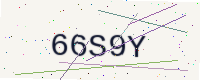
Text: 66S9Y